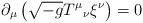
LaTeX: \begin{align*}\partial_{\mu} \left( \sqrt{-g} T^{\mu}{}_{\nu} \xi^{\nu} \right) = 0 \end{align*}